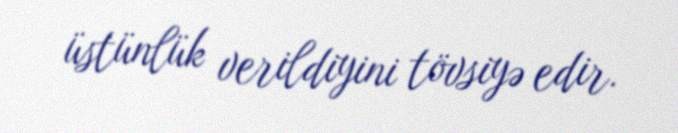
üstünlük verildiyini tövsiyə edir.